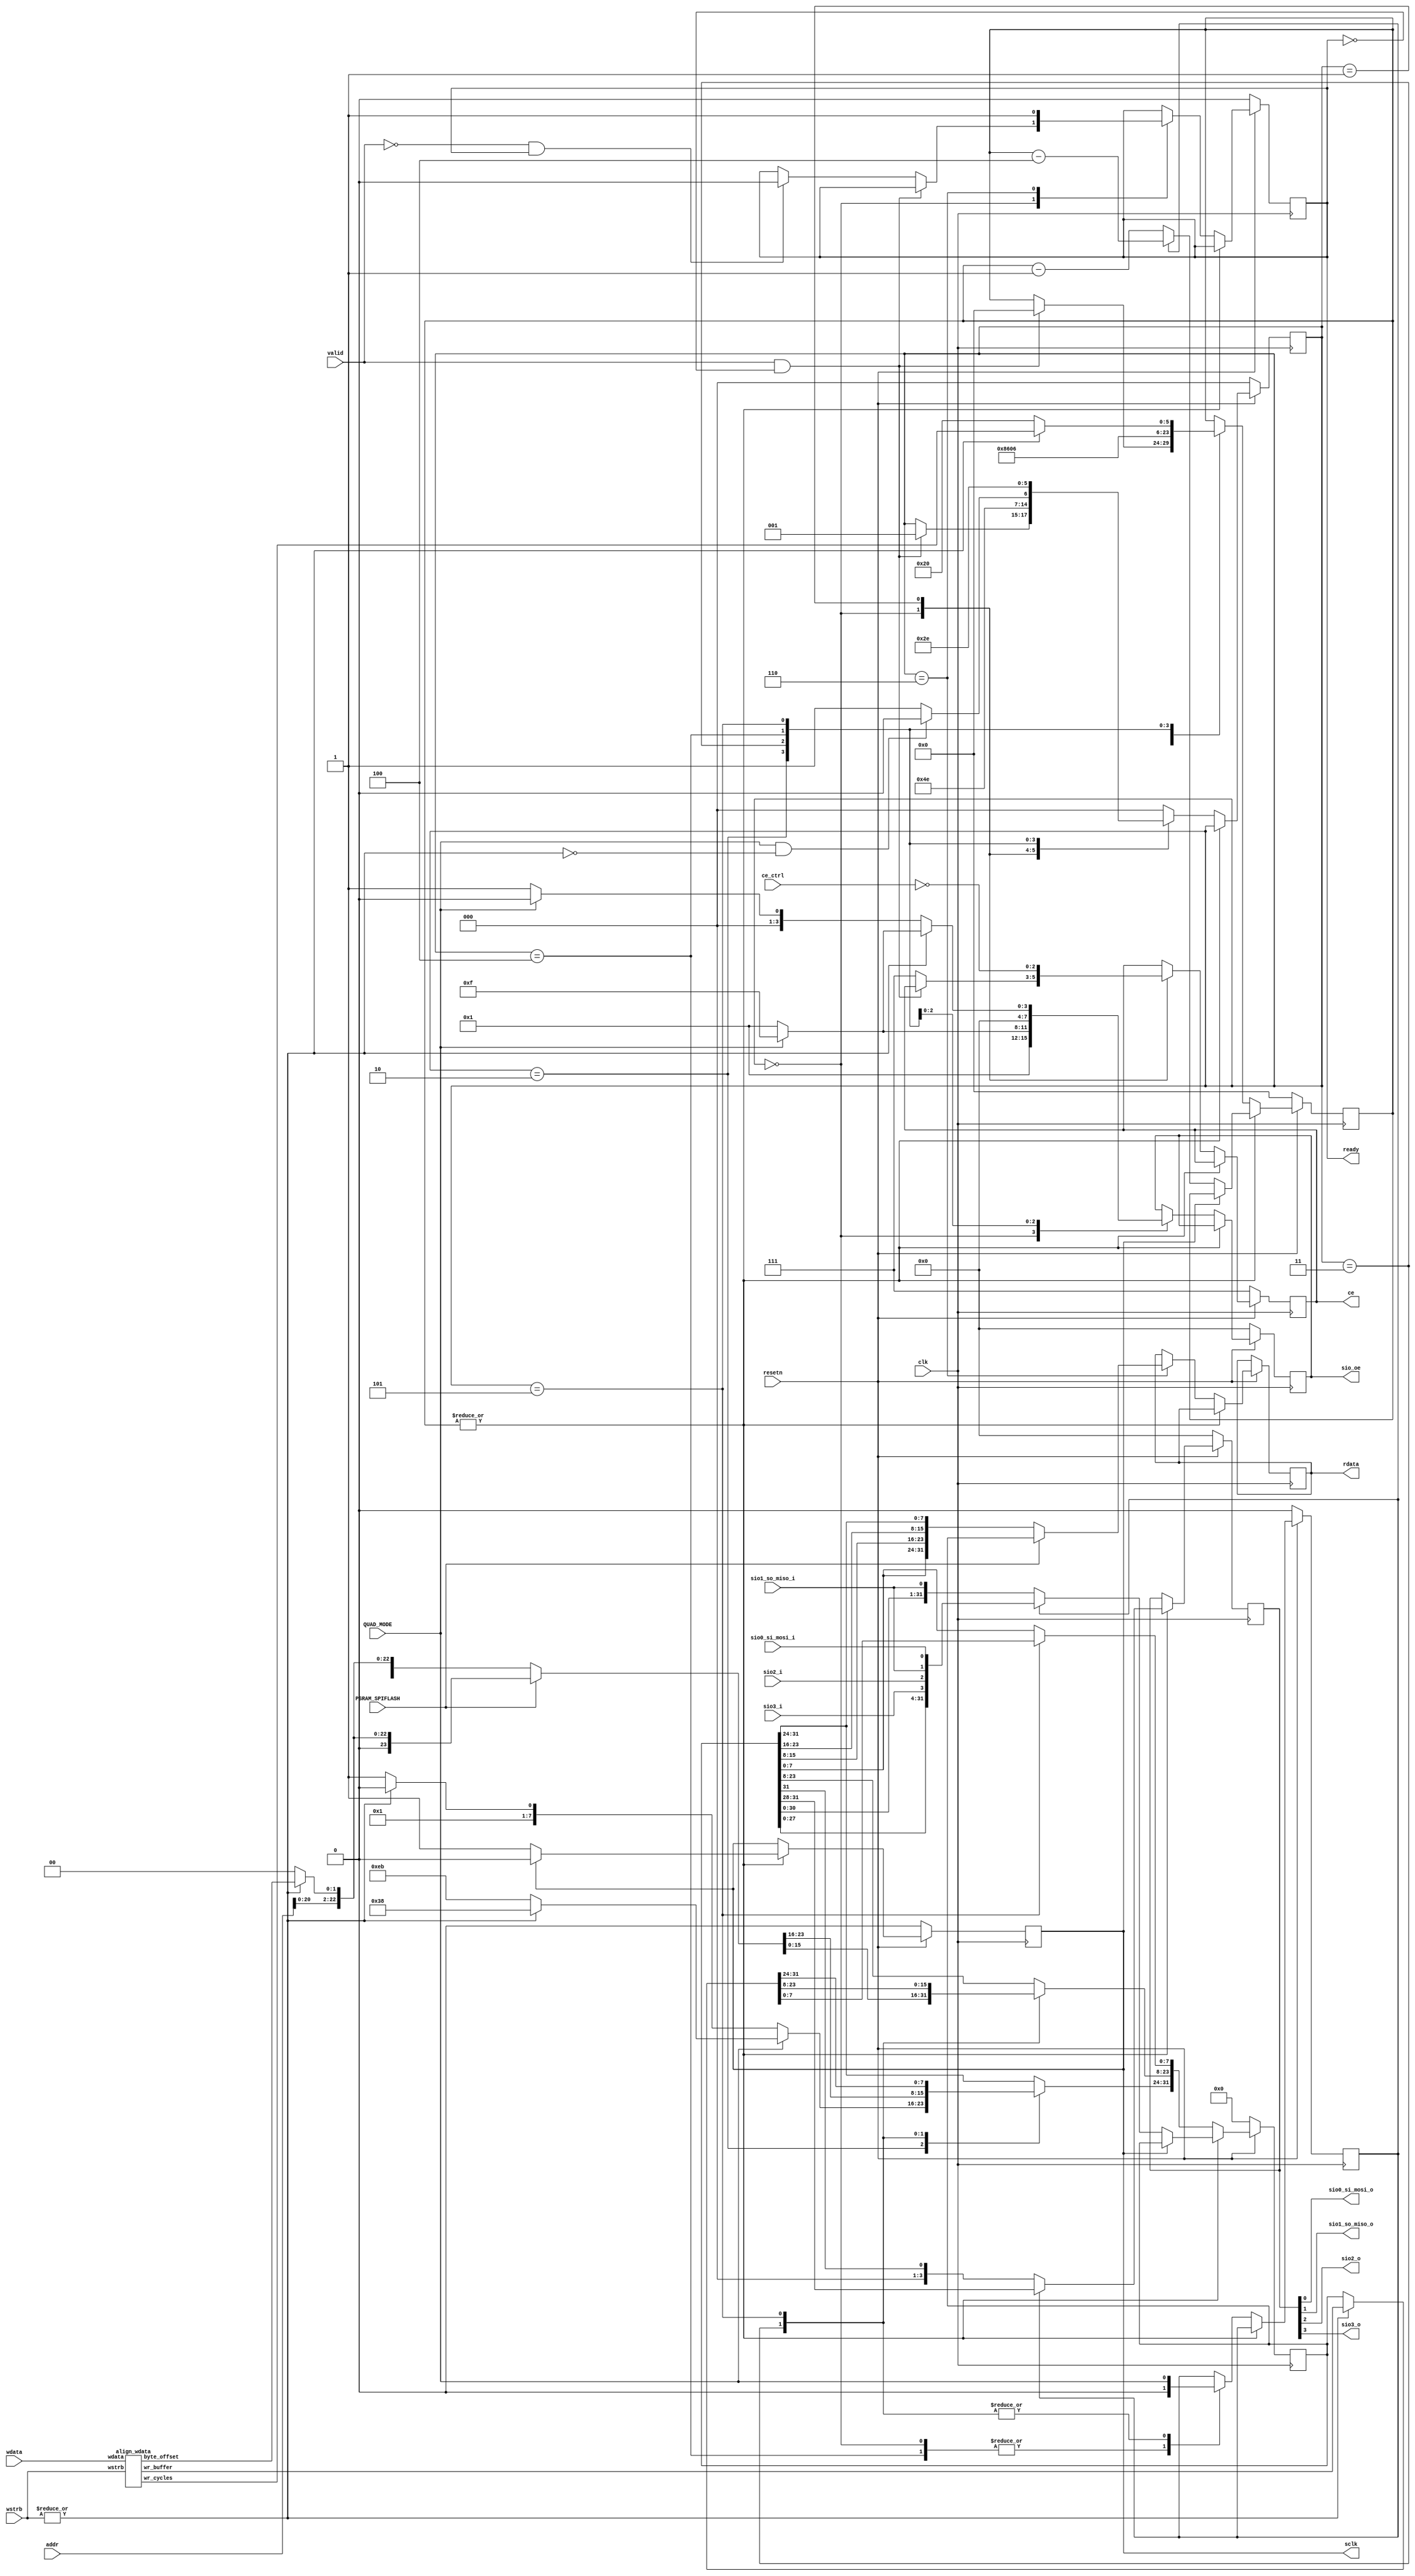
/*
 *  kianv harris RISCV project
 *
 *  copyright (c) 2022 hirosh dabui <hirosh@dabui.de>
 *
 *  permission to use, copy, modify, and/or distribute this software for any
 *  purpose with or without fee is hereby granted, provided that the above
 *  copyright notice and this permission notice appear in all copies.
 *
 *  the software is provided "as is" and the author disclaims all warranties
 *  with regard to this software including all implied warranties of
 *  merchantability and fitness. in no event shall the author be liable for
 *  any special, direct, indirect, or consequential damages or any damages
 *  whatsoever resulting from loss of use, data or profits, whether in an
 *  action of contract, negligence or other tortious action, arising out of
 *  or in connection with the use or performance of this software.
 *
 */
/*
  re-implementation and extension of from https://github.com/machdyne/qqspi/blob/main/rtl/qqspi.v
  Copyright (c) 2021 Lone Dynamics Corporation. All rights reserved.
*/
// added wmask, sync-comb fsm, spi flash support, cen polarity, faster during
// write operations: sb, sh behaves likes 8Mx32 memory
`default_nettype none
module qqspi #(
    parameter CHIP_SELECTS = 3
) (
    input wire [22:0] addr,  // 8Mx32
    output reg [31:0] rdata,
    input wire [31:0] wdata,
    input wire [3:0] wstrb,
    output reg ready,
    input wire valid,
    input wire clk,
    input wire resetn,
    input wire PSRAM_SPIFLASH,
    input wire QUAD_MODE,

    output reg  sclk,
    input  wire sio0_si_mosi_i,
    input  wire sio1_so_miso_i,
    input  wire sio2_i,
    input  wire sio3_i,

    output wire sio0_si_mosi_o,
    output wire sio1_so_miso_o,
    output wire sio2_o,
    output wire sio3_o,

    output reg [3:0] sio_oe,
    input wire [CHIP_SELECTS -1:0] ce_ctrl,
    output reg [CHIP_SELECTS -1:0] ce
);
  localparam [7:0] CMD_QUAD_WRITE = 8'h38;
  localparam [7:0] CMD_FAST_READ_QUAD = 8'hEB;
  localparam [7:0] CMD_WRITE = 8'h02;
  localparam [7:0] CMD_READ = 8'h03;

  //reg  [3:0] sio_oe;
  reg [3:0] sio_out;
  wire [3:0] sio_in;

  wire write;
  assign write = |wstrb;
  wire read;
  assign read = ~write;

  assign {sio3_o, sio2_o, sio1_so_miso_o, sio0_si_mosi_o} = sio_out;
  assign sio_in = {sio3_i, sio2_i, sio1_so_miso_i, sio0_si_mosi_i};

  localparam [2:0] S0_IDLE = 3'd0;
  localparam [2:0] S1_SELECT_DEVICE = 3'd1;
  localparam [2:0] S2_CMD = 3'd2;
  localparam [2:0] S4_ADDR = 3'd3;
  localparam [2:0] S5_WAIT = 3'd4;
  localparam [2:0] S6_XFER = 3'd5;
  localparam [2:0] S7_WAIT_FOR_XFER_DONE = 3'd6;

  reg [2:0] state, next_state;
  reg [31:0] spi_buf;
  reg [5:0] xfer_cycles;
  reg is_quad;

  reg [31:0] rdata_next;

  reg sclk_next;
  reg [3:0] sio_oe_next;
  reg [3:0] sio_out_next;
  reg [31:0] spi_buf_next;
  reg is_quad_next;
  reg [5:0] xfer_cycles_next;
  reg ready_next;
  reg [CHIP_SELECTS -1:0] ce_next;

  wire [1:0] byte_offset;
  wire [5:0] wr_cycles;
  wire [31:0] wr_buffer;

  align_wdata align_wdata_i (
      .wstrb      (wstrb),
      .wdata      (wdata),
      .byte_offset(byte_offset),
      .wr_cycles  (wr_cycles),
      .wr_buffer  (wr_buffer)
  );

  always @(posedge clk) begin
    if (!resetn) begin
      ce <= ~0;
      sclk <= 1'b0;
      sio_oe <= 4'b0000;
      sio_out <= 4'b0000;
      spi_buf <= 0;
      is_quad <= 0;
      xfer_cycles <= 0;
      ready <= 0;
      state <= S0_IDLE;
    end else begin
      state <= next_state;
      ce <= ce_next;
      sclk <= sclk_next;
      sio_oe <= sio_oe_next;
      sio_out <= sio_out_next;
      spi_buf <= spi_buf_next;
      is_quad <= is_quad_next;
      xfer_cycles <= xfer_cycles_next;
      rdata <= rdata_next;
      ready <= ready_next;
    end
  end

  always @(*) begin
    next_state = state;
    ce_next = ce;
    sclk_next = sclk;
    sio_oe_next = sio_oe;
    sio_out_next = sio_out;
    spi_buf_next = spi_buf;
    is_quad_next = is_quad;
    xfer_cycles_next = xfer_cycles;
    ready_next = ready;
    rdata_next = rdata;
    xfer_cycles_next = xfer_cycles;

    if (|xfer_cycles) begin

      sio_out_next[3:0] = is_quad ? spi_buf[31:28] : {3'b0, spi_buf[31]};

      if (sclk) begin
        sclk_next = 1'b0;
      end else begin
        sclk_next = 1'b1;
        spi_buf_next = is_quad ? {spi_buf[27:0], sio_in[3:0]} : {spi_buf[30:0], sio_in[1]};
        xfer_cycles_next = is_quad ? xfer_cycles - 4 : xfer_cycles - 1;
      end

    end else begin
      case (state)
        S0_IDLE: begin
          sio_oe_next  = 4'b0001;
          is_quad_next = 0;
          if (valid && !ready) begin
            next_state = S1_SELECT_DEVICE;
            xfer_cycles_next = 0;
          end else if (!valid && ready) begin
            ready_next = 1'b0;
            ce_next = ~0;
          end else begin
            ce_next = ~0;
          end
        end

        S1_SELECT_DEVICE: begin
          ce_next = ~ce_ctrl;
          next_state = S2_CMD;
        end

        S2_CMD: begin
          if (QUAD_MODE) begin
            spi_buf_next[31:24] = write ? CMD_QUAD_WRITE : CMD_FAST_READ_QUAD;
          end else begin
            spi_buf_next[31:24] = write ? CMD_WRITE : CMD_READ;
          end

          xfer_cycles_next = 8;
          next_state = S4_ADDR;
        end

        S4_ADDR: begin
          if (PSRAM_SPIFLASH) begin
            spi_buf_next[31:8] = {1'b0, {addr[20:0], write ? byte_offset : 2'b00}};
          end else begin
            spi_buf_next[31:8] = {{addr[21:0], write ? byte_offset : 2'b00}};
          end

          sio_oe_next = QUAD_MODE ? 4'b1111 : 4'b0001;
          xfer_cycles_next = 24;

          is_quad_next = QUAD_MODE;
          next_state = QUAD_MODE && read ? S5_WAIT : S6_XFER;
        end

        S5_WAIT: begin
          sio_oe_next = 4'b0000;
          xfer_cycles_next = 6;
          is_quad_next = 0;
          next_state = S6_XFER;
        end

        S6_XFER: begin
          is_quad_next = QUAD_MODE;

          if (write) begin
            sio_oe_next  = QUAD_MODE ? 4'b1111 : 4'b0001;
            spi_buf_next = wr_buffer;
          end else begin
            sio_oe_next = QUAD_MODE ? 4'b0000 : 4'b0001;
          end

          xfer_cycles_next = write ? wr_cycles : 32;
          next_state = S7_WAIT_FOR_XFER_DONE;
        end

        S7_WAIT_FOR_XFER_DONE: begin
          if (PSRAM_SPIFLASH) begin
            rdata_next = spi_buf;
          end else begin
            // transform from little to big endian
            rdata_next = {spi_buf[7:0], spi_buf[15:8], spi_buf[23:16], spi_buf[31:24]};
          end
          ready_next = 1'b1;
          next_state = S0_IDLE;
        end

        default: next_state = S0_IDLE;
      endcase

    end

  end

endmodule

module align_wdata (
    input  wire [ 3:0] wstrb,
    input  wire [31:0] wdata,
    output reg  [ 1:0] byte_offset,
    output reg  [ 5:0] wr_cycles,
    output reg  [31:0] wr_buffer
);
  always @(*) begin
    wr_buffer = wdata;
    case (wstrb)
      4'b0001: begin
        byte_offset = 3;
        wr_buffer[31:24] = wdata[7:0];
        wr_cycles = 8;
      end
      4'b0010: begin
        byte_offset = 2;
        wr_buffer[31:24] = wdata[15:8];
        wr_cycles = 8;
      end
      4'b0100: begin
        byte_offset = 1;
        wr_buffer[31:24] = wdata[23:16];
        wr_cycles = 8;
      end
      4'b1000: begin
        byte_offset = 0;
        wr_buffer[31:24] = wdata[31:24];
        wr_cycles = 8;
      end
      4'b0011: begin
        byte_offset = 2;
        wr_buffer[31:16] = wdata[15:0];
        wr_cycles = 16;
      end
      4'b1100: begin
        byte_offset = 0;
        wr_buffer[31:16] = wdata[31:16];
        wr_cycles = 16;
      end
      4'b1111: begin
        byte_offset = 0;
        wr_buffer[31:0] = wdata[31:0];
        wr_cycles = 32;
      end
      default: begin
        byte_offset = 0;
        wr_buffer   = wdata;
        wr_cycles   = 32;
      end
    endcase
  end
endmodule